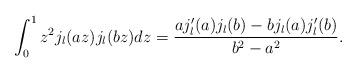
LaTeX: \begin{align*}\int_{0}^{1}z^{2}j_{l}(az)j_{l}(bz)dz=\frac{aj'_{l}(a)j_{l}(b)-bj_{l}(a)j'_{l}(b)}{b^{2}-a^{2}}.\end{align*}